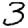
Digit: 3